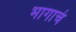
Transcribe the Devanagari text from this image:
भागाचं